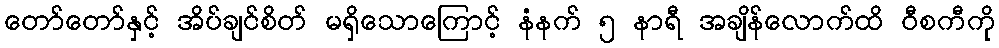
တော်တော်နှင့် အိပ်ချင်စိတ် မရှိသောကြောင့် နံနက် ၅ နာရီ အချိန်လောက်ထိ ဝီစကီကို